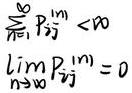
\[\begin{align*}
\sum_{n = 1}^{\infty} P_{i j}^{(n)}&<\infty\\
\lim _{n \rightarrow \infty} P_{i j}^{(n)}&=0
\end{align*}\]